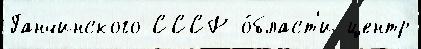
Ганчинского СССР о́бласт'и центр